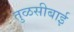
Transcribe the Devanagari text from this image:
तुळसीबाई